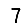
Digit: 7